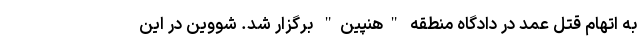
به اتهام قتل عمد در دادگاه منطقه "هنپین" برگزار شد. شووین در این